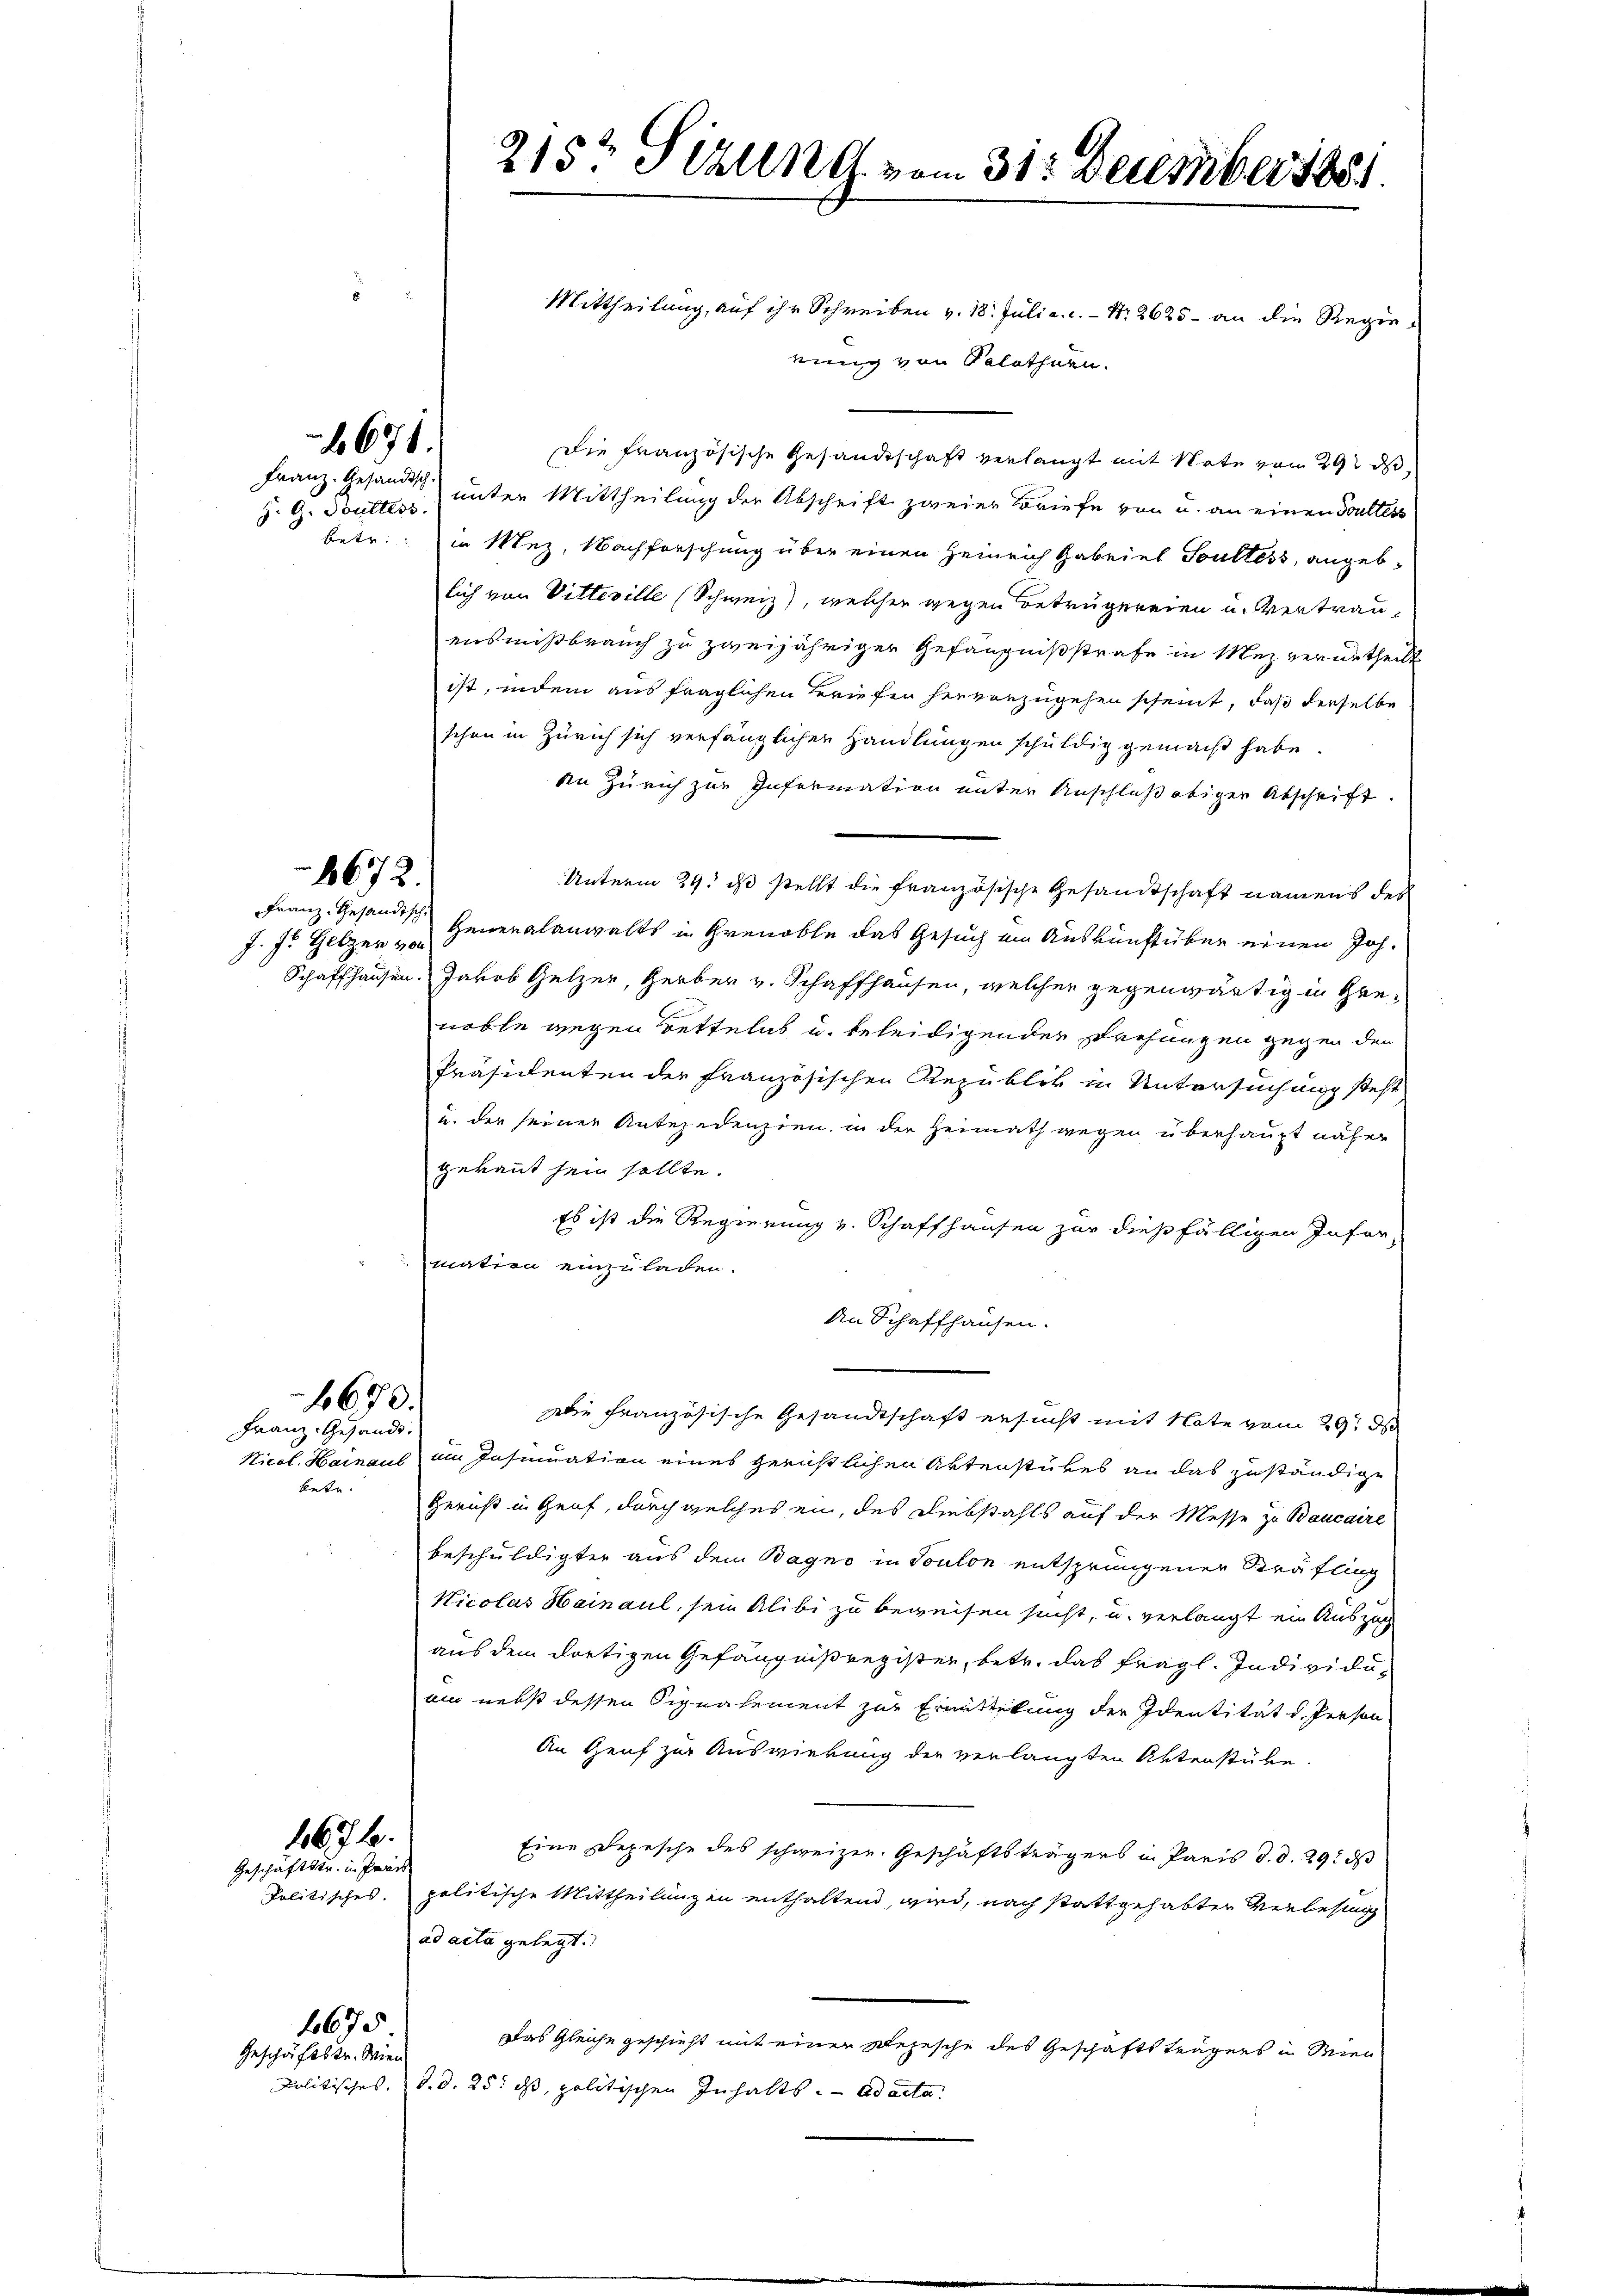
Z. G. Boulters.

Franz-Gesandtsch
J. J. Gelzer von

671.

1672.

betr.

1670.
Franz. Gesandt.

1676.
Geschäftstr. in Paars

2675
Geschäftstr. Wien
Politisches. |

Mittheilung, auf ihr Schreiben v. 18. Juli a. c. - Nr. 2625 - an die Regierung von Solothurn.
Die französische Gesandtschaft verlangt mit Note von 29 d
Franz. Gesandten unter Mittheilung der Abschrift zweier Briefe von u. an einen Soulters
betr. in Mez, Nachforschung über einen Heinrich Gabriet Soultess, angeblich von Vitteville (Schweiz), welcher wegen Betrugereien u. Vertrauensmißbrauch zu zweijähriger Gefängnißstrafe in Mez verurtheilt
ist, indem aus fraglichen Briefen hervorzugehen scheint, daß derselbe
schon in Zürich sich verfänglichen Handlungen schuldig gemacht habe.
din Zürich zur Infermation unter Anschluß obiger Abschrift
Unterm 29. ds stellt die französische Gesandtschaft namens des
Generalanwalts in Grenable das Gesuch im Auskunft über einen Joh.
Schaffhausen. Jakob Gelzer, Herber v. Schaffhausen, welcher gegenwärtig in Grenoble wegen Bettelns u. beleidigenden Drehungen gegen den
Präsidenten der Französischen Republik in Untersuchung steht
u. der seiner Unterndenzien, in der Heimath wegen überhaupt näher
gekannt sein sollte.
Es ist die Regierung v. Schaffhausen zur dießfälligen Infor-
mation einzuladen.
An Schaffhausen.
wie französische Gesandtschaft ersucht mit Note vom 29. D
Nicol. Hainaus im Insinuation eines gerichtlicher Aktenstükes an das zuständige
Gericht in Genf, durch welches ein, des Diebstahls auf der Messe zu Baucaire
beschuldigter aus dem Bagno in Toulon entsprungener Sträfling
Nicolas Hainaul, sein Alibi zu beweisen sucht, u. verlangt ein Auszug
aus dem dortigen Gefängnisregister, betr. das fragl. Individuam nebst dessen Signalement zur Ermittelung der Identität d. Person
An Genf zur Auswirkung der verlangten Unterstube.
Eine Depesche des schweizer. Geschäftsträgers in Paris d. d. 29. d
Politisches, politische Mittheilungen enthaltend, wird, nach stattgehabten Verlesung
ad acta gelegt.
Das Gleiche geschieht mit einer Depesche des Geschäftsträgers in Wien
d.d. 25. ds, politischen Inhalts. ad acta.

215t Sizung vom 31. December 1881